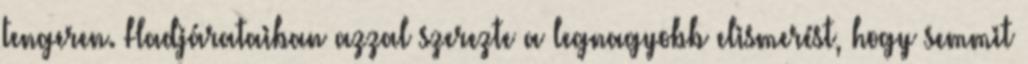
tengeren. Hadjárataiban azzal szerezte a legnagyobb elismerést, hogy semmit